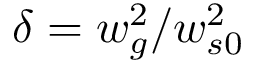
\delta = w _ { g } ^ { 2 } / w _ { s 0 } ^ { 2 }